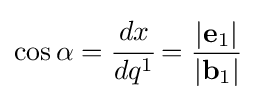
\cos \alpha ={\cfrac {dx}{dq^{1}}}={\frac {|\mathbf {e} _{1}|}{|\mathbf {b} _{1}|}}